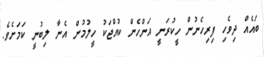
ބައެއް ދިވެހި ފިރިހެނުން ހީކުރަނީ އަންހެން ކުއްޖަކު ހީލުމުން އެނާ ލިބުނީ ކަމަށެވެ.